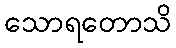
သောရတောသိ